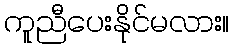
ကူညီပေးနိုင်မလား။